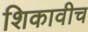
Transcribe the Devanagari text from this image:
शिकावीच